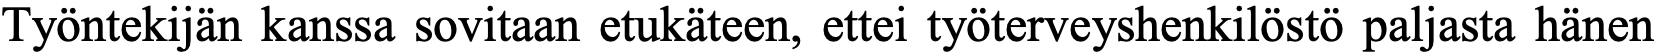
Työntekijän kanssa sovitaan etukäteen, ettei työterveyshenkilöstö paljasta hänen